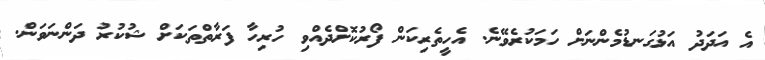
އެ އަދަދު އަޅުގަނޑުމެންނަށް ހަމަކުރެވޭނެ. އެހީތެރިކަން ފޯރުކޮށްދެއްވި ހުރިހާ ފަރާތްތަކަށް ޝުކުރު ދަންނަވަން.